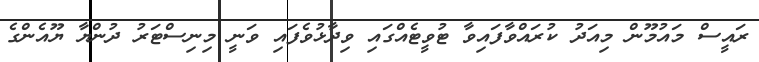
ރައީސް މައުމޫން މިއަދު ކުރައްވާފައިވާ ޓުވީޓެއްގައި ވިދާޅުވެފައި ވަނީ މިނިސްޓަރު ދުންޔާ ޔޫއެންގެ